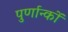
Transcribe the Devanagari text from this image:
पुर्णान्कों